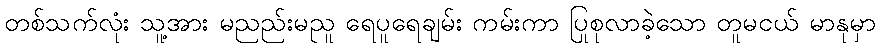
တစ်သက်လုံး သူ့အား မညည်းမညူ ရေပူရေချမ်း ကမ်းကာ ပြုစုလာခဲ့သော တူမငယ် မာနုမှာ